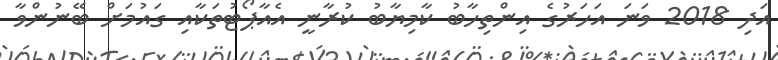
އަދި 2018 ވަނަ އަހަރުގެ އިންތިހާބު ކާމިޔާބު ކުރާނީ އެއާޕޯޓުތަކާއި ގައުމަށް ބޭނުންވާ